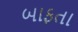
બાફતા